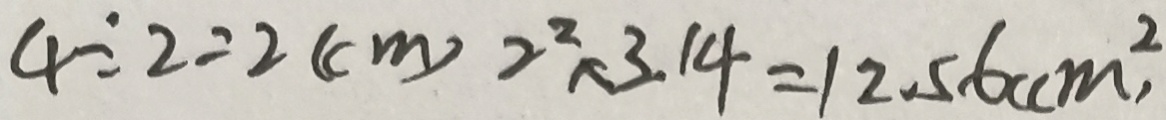
4 \div 2 = 2 ( c m ) 2 ^ { 2 } \times 3 . 1 4 = 1 2 . 5 6 ( c m ^ { 2 } )